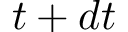
t + d t